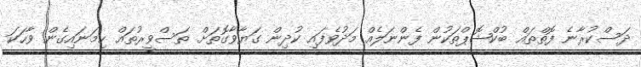
ދަސްކުރާނެ ފޮތްތައް ބުކްޝޮޕްތަކުން ފެންނަލެއް މަދުވެފައި ކުދިން ގަޔާވާގޮތަށް ތަސްވީރުތައް ހިމަނައިގެން ވާހަކަ